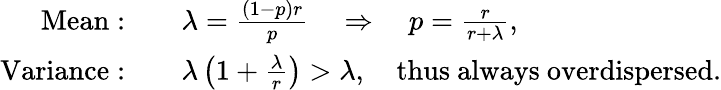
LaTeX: {\begin{array}{rl}{{\mathrm{Mean:}}\quad}&{\lambda={\frac{(1-p)r}{p}}\quad\Rightarrow\quad p={\frac{r}{r+\lambda}},}\\ {{\mathrm{Variance:}}\quad}&{\lambda\left(1+{\frac{\lambda}{r}}\right)>\lambda,\quad{\mathrm{thus~always~overdispersed}}.}\end{array}}